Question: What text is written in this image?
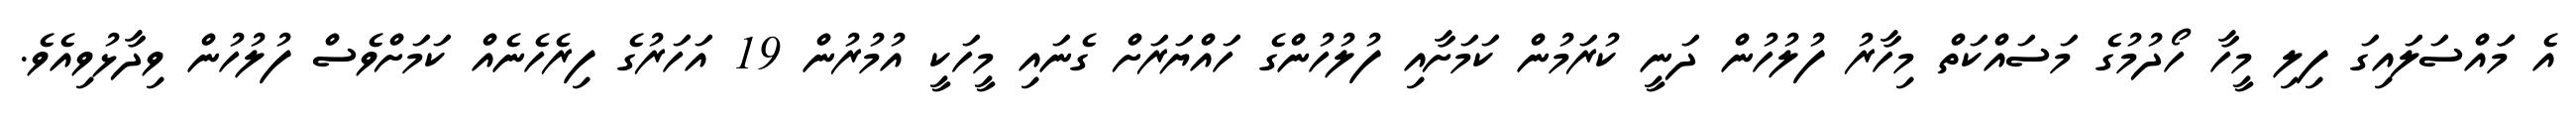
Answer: އެ މަައްސަލައިގަ ފިލި މީހާ ހޯދުމުގެ މަސައްކަތް މިހާރު ފުލުހުން ދަނީ ކުރަމުން ކަމަށާއި ފުލުހުންގެ ހައްޔަރަށް ގެނައި މީހަކީ އުމުރުން 19 އަހަރުގެ ފިރެހެނެއް ކަމަށްވެސް ފުލުހުން ވިދާޅުވިއެވެ.